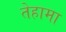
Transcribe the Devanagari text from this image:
तेहामा